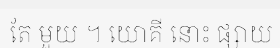
តែ មួយ ។ យោគី នោះ ផ្សាយ